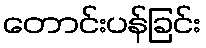
တောင်းပန်ခြင်း